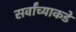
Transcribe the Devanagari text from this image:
सर्वांच्याकडे